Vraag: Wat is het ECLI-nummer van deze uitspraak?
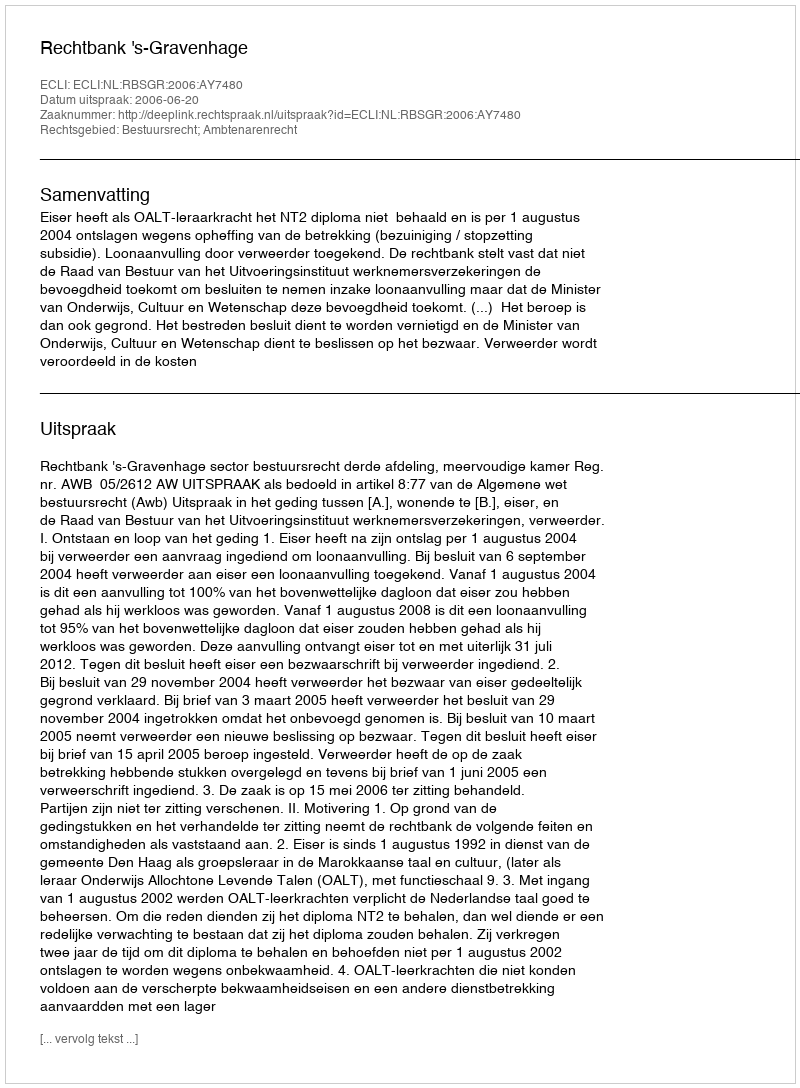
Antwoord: ECLI:NL:RBSGR:2006:AY7480